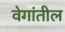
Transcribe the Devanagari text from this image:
वेगांतील